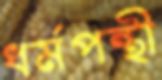
ধর্মপন্থী